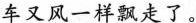
车又风一样飘走了。